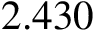
2 . 4 3 0